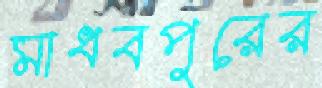
মাধবপুরের